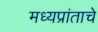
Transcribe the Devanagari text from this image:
मध्यप्रांताचे